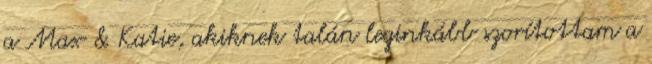
a Max & Katie, akiknek talán leginkább szorítottam a